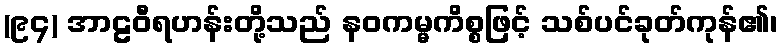
(၉၄) အာဠဝီရဟန်းတို့သည် နဝကမ္မကိစ္စဖြင့် သစ်ပင်ခုတ်ကုန်၏၊